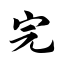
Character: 完